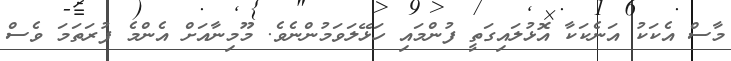
މާސް އެކަކު އަނެކަކާ އޮޅުލައިގަތީ ފުންމައި ހަޅޭލަވަމުންނެވެ. މޫމިނާއަށް އެންމެ ފުރަތަމަ ވެސް